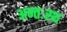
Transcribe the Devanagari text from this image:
अन्तःस्थ